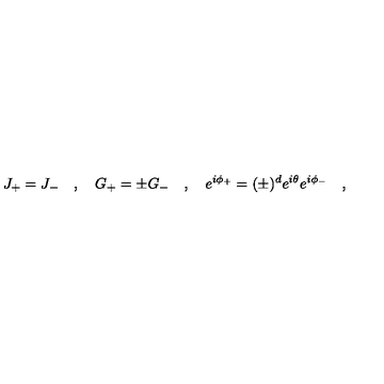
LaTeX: J _ { + } = J _ { - } \quad , \quad G _ { + } = \pm G _ { - } \quad , \quad e ^ { i \phi _ { + } } = ( \pm ) ^ { d } e ^ { i \theta } e ^ { i \phi _ { - } } \quad ,